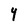
Character: Y